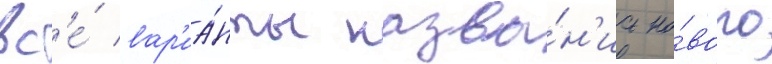
вс'е́ вар'иа́нты назва́н'иа но́вого